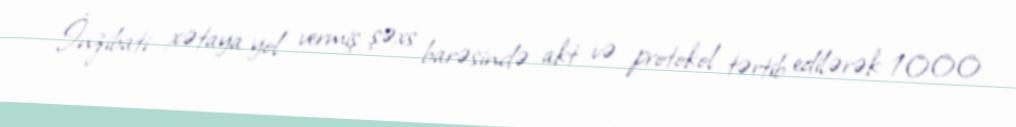
İnzibati xətaya yol vermiş şəxs barəsində akt və protokol tərtib edilərək 1000